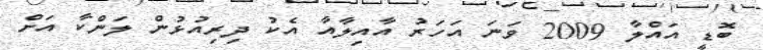
ބޮޑީ އައްލާ 2009 ވަނަ އަހަރު އާއިލާއާ އެކު ދިރިއުޅުން ލަންކާ އަށް